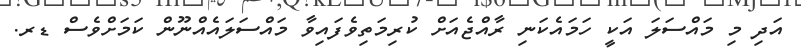
އަދި މި މައްސަލަ އަކީ ހަމައެކަނި ރާއްޖެއަށް ކުރިމަތިވެފައިވާ މައްސަލައެއްނޫން ކަމަށްވެސް ޑރ.